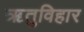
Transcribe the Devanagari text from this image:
ऋतुविहार